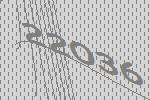
22036